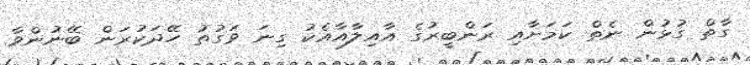
ގާތް ގުޅުން ނެތް ކަމަށާއި ރަންބީރުގެ އާއިލާއާއެކު ގިނަ ވަގުތު ހޭދަކުރަން ބޭނުންވާ